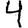
Digit: 4